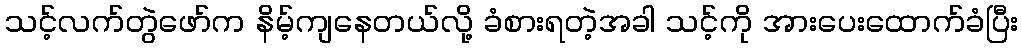
သင့်လက်တွဲဖော်က နိမ့်ကျနေတယ်လို့ ခံစားရတဲ့အခါ သင့်ကို အားပေးထောက်ခံပြီး